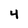
Character: 4